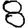
Digit: 8